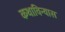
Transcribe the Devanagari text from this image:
कथाविन्यास